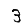
Digit: 3